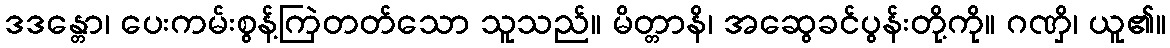
ဒဒန္တော၊ ပေးကမ်းစွန့်ကြဲတတ်သော သူသည်။ မိတ္တာနိ၊ အဆွေခင်ပွန်းတို့ကို။ ဂဏှိ၊ ယူ၏။